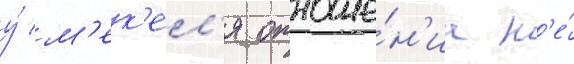
у́ м'ек'ел'я отноше́н'иа н'е́